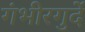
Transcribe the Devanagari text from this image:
गंभीरगुर्दे